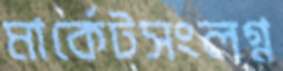
মার্কেটসংলগ্ন